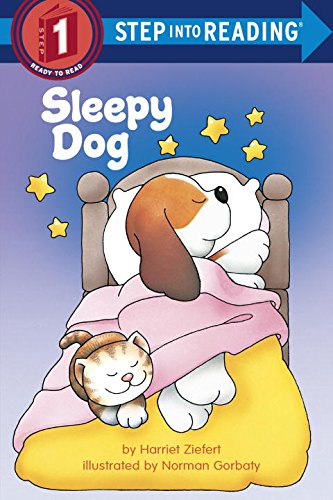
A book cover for Sleepy Dog (Step into Reading); Harriet Ziefert; Children's Books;